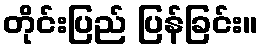
တိုင်းပြည် ပြန်ခြင်း။